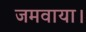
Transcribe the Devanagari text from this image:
जमवाया।